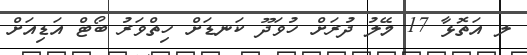
ލ އަތޮޅާ 17 މޭލު ދުރަށް ހުވަދޫ ކަނޑަށް ހިތްވަރު ބޯޓް އަޑިއަށް